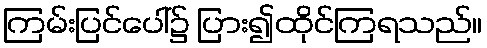
ကြမ်းပြင်ပေါ်၌ ပြား၍ထိုင်ကြရသည်။